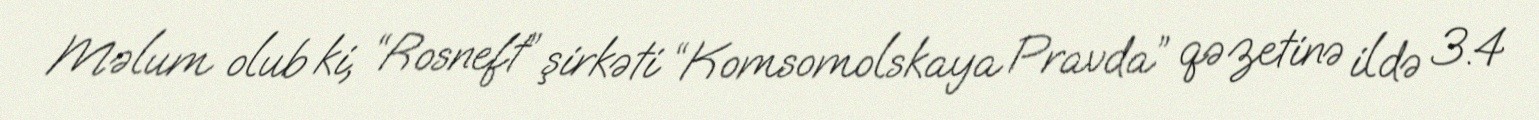
Məlum olub ki, “Rosneft” şirkəti “Komsomolskaya Pravda” qəzetinə ildə 3.4